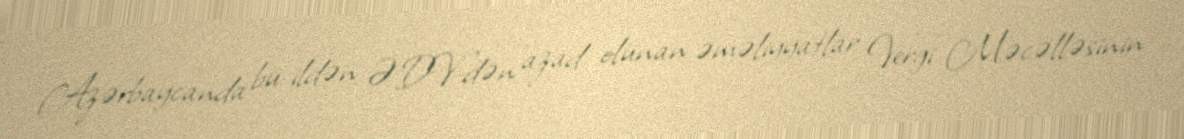
Azərbaycanda bu ildən ƏDV-dən azad olunan əməliyyatlar Vergi Məcəlləsinin